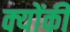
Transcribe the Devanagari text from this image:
क्‍योंकी